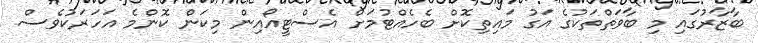
ބާޒާރުގައި މި ބާވަތްތަކުގެ އަގު މައިތިކޮށް ބެހެއްޓުމަށް އެސްޓީއޯއިން މިކަން ކޮންމެ އަހަރަކުވެސް